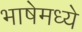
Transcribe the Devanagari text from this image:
भाषेमध्‍ये